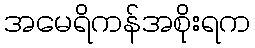
အမေရိကန်အစိုးရက